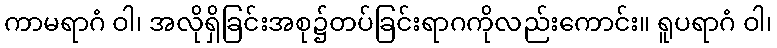
ကာမရာဂံ ဝါ၊ အလိုရှိခြင်းအစု၌တပ်ခြင်းရာဂကိုလည်းကောင်း။ ရူပရာဂံ ဝါ၊